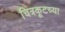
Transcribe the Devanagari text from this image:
चित्रकूटच्या